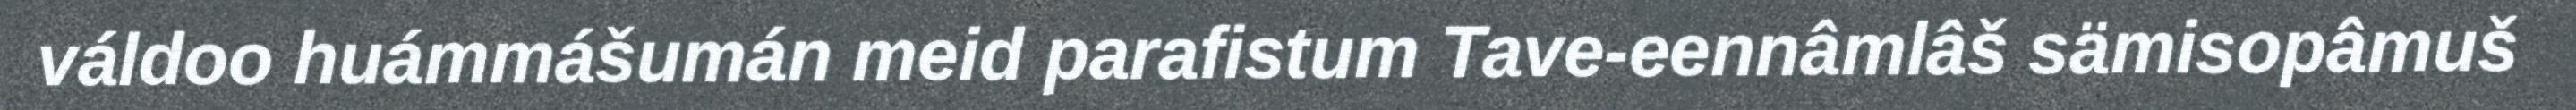
váldoo huámmášumán meid parafistum Tave-eennâmlâš sämisopâmuš